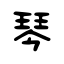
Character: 琴